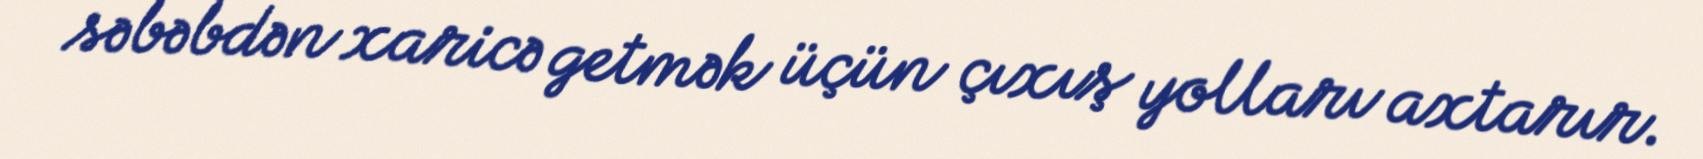
səbəbdən xaricə getmək üçün çıxış yolları axtarır.